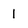
Character: 1